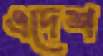
এদেশ